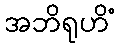
အဘိရုဟိံ